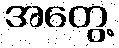
အတွေ့